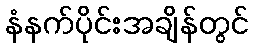
နံနက်ပိုင်းအချိန်တွင်